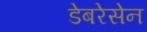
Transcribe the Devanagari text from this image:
डेबरेसेन